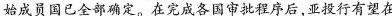
始成员国已全部确定。在完成各国审批程序后，亚投行有望在